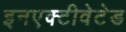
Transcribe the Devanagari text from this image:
इनएक्टीवेटेड